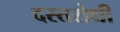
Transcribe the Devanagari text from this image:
दस्तरोधी